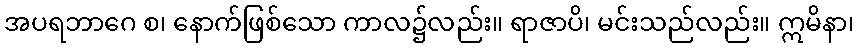
အပရဘာဂေ စ၊ နောက်ဖြစ်သော ကာလ၌လည်း။ ရာဇာပိ၊ မင်းသည်လည်း။ ဣမိနာ၊